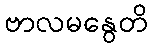
ဗာလမနွေတိ